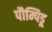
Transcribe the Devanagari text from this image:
पौम्पिडू